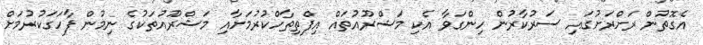
އެގޮތުން ރަށްރަށުގައި ސަރުކާރުން ހިންގަވާ އެކި މަޝްރޫއުތައް އިފްތިތާހްކުރުމަށާއި މަޝްރޫއުތަކުގެ ނިމުން ފާހަގަކުރުމަށް